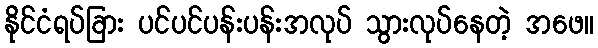
နိုင်ငံရပ်ခြား ပင်ပင်ပန်းပန်းအလုပ် သွားလုပ်နေတဲ့ အဖေ။